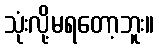
သုံးလို့မရတော့ဘူး။